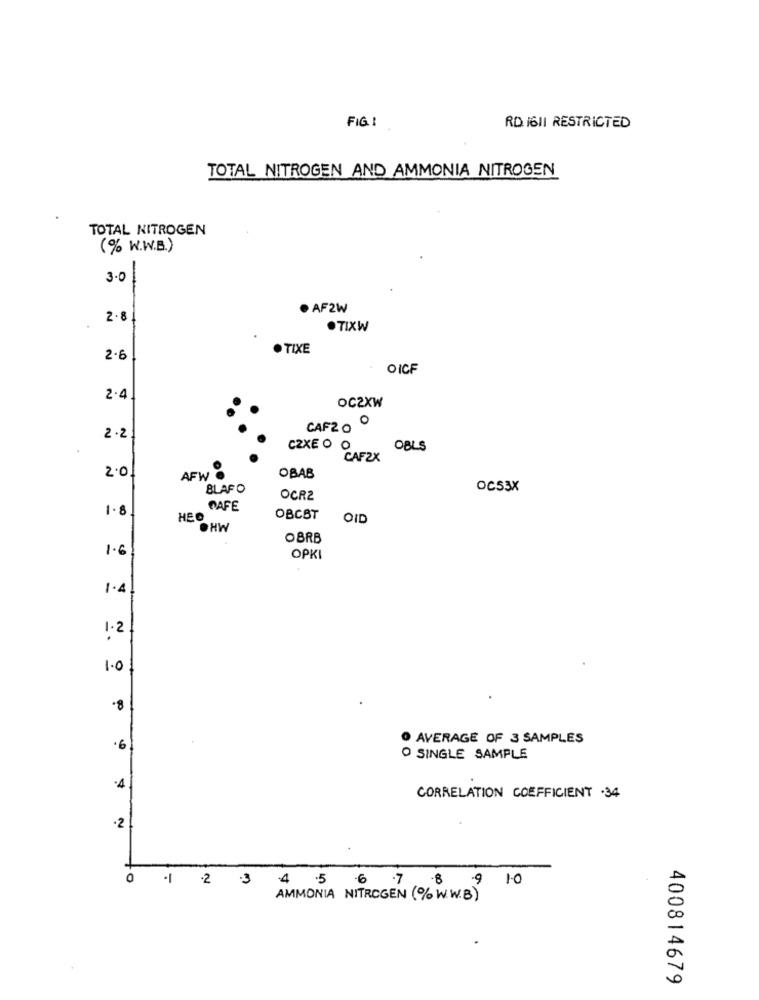
FIG:
RD. I611 RESTRICTED
TOTAL NITROGEN AND AMMONIA NITROGEN
TOTAL NITROGEN
(% W.W.E.)
3.0
· AF2W
2.8|
.TIXW
TIXE
2.6
OICF
2.4
OC2XW
O
CAF20
2 .2
CZXE O O
OBLS
CAF2X
2.0
AFW @
OBAB
BLAF O
OC53X
OCR2
1.8
CAFE
HEO
OBCBT
OID
OHW
OBRB
1.6
OPKI
1.4
1.2
1.0
.8
O AVERAGE OF 3 SAMPLES
·6
O SINGLE SAMPLE
·4
CORRELATION COEFFICIENT .34
·2
0
8 9 10
1 2 3 4 5 6 7
AMMONIA NITROGEN (% W.W.B)
400814679